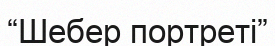
“Шебер портреті”